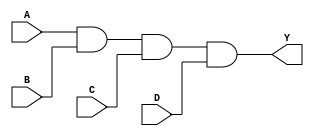
module four_input_and_gate (
  input wire A,
  input wire B,
  input wire C,
  input wire D,
  output reg Y
);

  assign Y = A & B & C & D;

endmodule